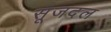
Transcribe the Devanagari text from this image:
सूजदल